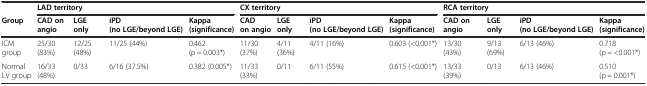
|  | <COLSPAN=4> LAD territory | <COLSPAN=4> CX territory | <COLSPAN=4> RCA territory |
 | Group | CAD on angio | LGE only | iPD (no LGE/beyond LGE) | Kappa (significance) | CAD on angio | LGE only | iPD (no LGE/beyond LGE) | Kappa (significance) | CAD on angio | LGE only | iPD (no LGE/beyond LGE) | Kappa (significance) |
 | --- | --- | --- | --- | --- | --- | --- | --- | --- | --- | --- | --- | --- |
 | ICM group | 25/30 (83%) | 12/25 (48%) | 11/25 (44%) | 0.462 (p = 0.003*) | 11/30 (37%) | 4/11 (36%) | 4/11 (16%) | 0.603 (<0.001*) | 13/30 (43%) | 9/13 (69%) | 6/13 (46%) | 0.718 (p = <0.001*) |
 | Normal LV group | 16/33 (48%) | 0/33 | 6/16 (37.5%) | 0.382 (0.005*) | 11/33 (33%) | 0/11 | 6/11 (55%) | 0.615 (<0.001*) | 13/33 (39%) | 0/13 | 6/13 (46%) | 0.510 (p = 0.001*) |